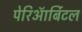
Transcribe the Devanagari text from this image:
पेरिऑर्बिटल